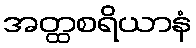
အတ္ထစရိယာနံ